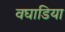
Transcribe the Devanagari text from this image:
वघाडिया